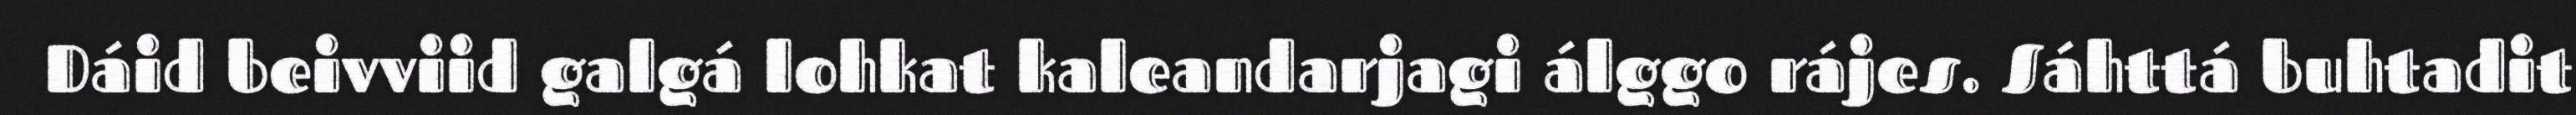
Dáid beivviid galgá lohkat kaleandarjagi álggo rájes. Sáhttá buhtadit